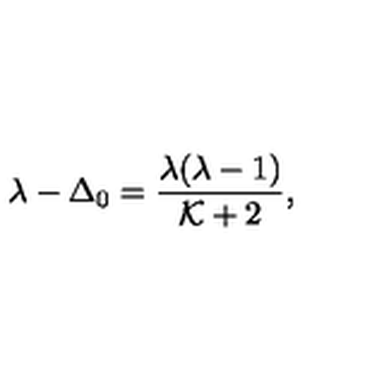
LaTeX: \lambda - \Delta _ { 0 } = { \frac { \lambda ( \lambda - 1 ) } { { \cal K } + 2 } } ,